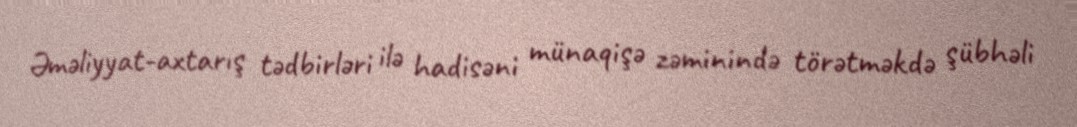
Əməliyyat-axtarış tədbirləri ilə hadisəni münaqişə zəminində törətməkdə şübhəli